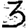
Digit: 3